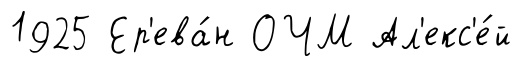
1925 Ер'ева́н ОЧМ Ал'екс'е́й